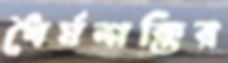
ধৈর্যশক্তির